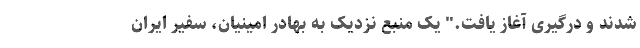
شدند و درگیری آغاز یافت." یک منبع نزدیک به بهادر امینیان، سفیر ایران